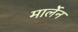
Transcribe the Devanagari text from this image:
मार्लेन